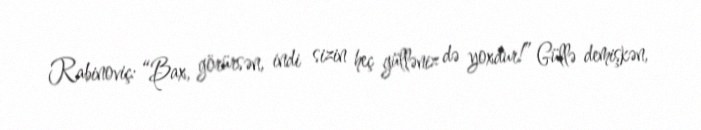
Rabinoviç: “Bax, görürsən, indi sizin heç gülləniz də yoxdur!” Güllə demişkən,